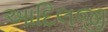
આદિલજી